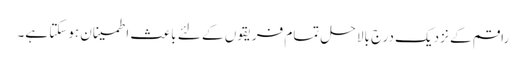
راقم کے نزدیک درج بالا حل تمام فریقوں کے لئے باعث اطمینان ہوسکتا ہے۔